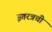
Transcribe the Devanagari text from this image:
इतरत्रची